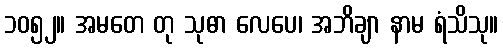
၁၀၅၂။ အမတေ တု သုဓာ လေပေ၊ အဘိချာ နာမ ရံသိသု။